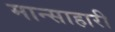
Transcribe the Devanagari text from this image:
मान्साहारी